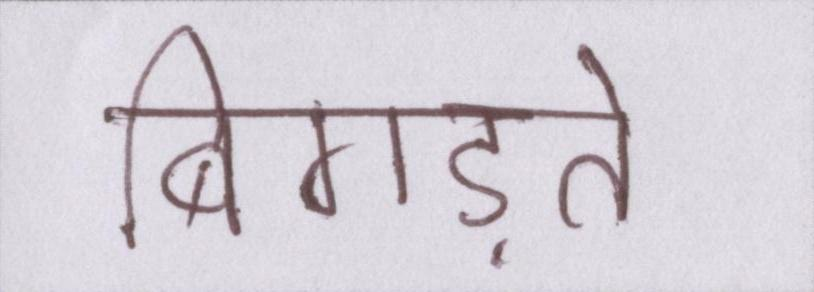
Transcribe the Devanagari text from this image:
बिगड़ते